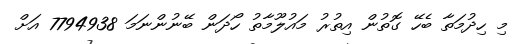
މި ހިދުމަތާ ބެހޭ ގޮތުން އިތުރު މައުލޫމާތު ހޯދަން ބޭނުންނަމަ 7794938 އަށް